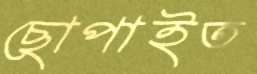
ছোপাইত